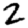
Digit: 2